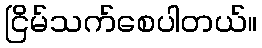
ငြိမ်သက်စေပါတယ်။